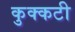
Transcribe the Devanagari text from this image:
कुक्कटी